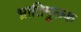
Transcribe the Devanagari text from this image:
भ्रातिमूलक